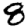
Digit: 8